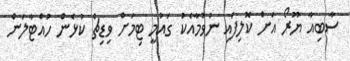
ސާބިއާ ޔޫރޯ އަށް ކޮލިފައި ނުވުމާއެކު ގައުމީ ޓިމަށް ވިޑިޗް ކުޅެން ހުއްޓާލަން